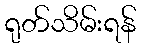
ရုတ်သိမ်းရန်